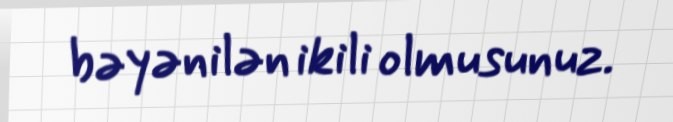
bəyənilən ikili olmusunuz.